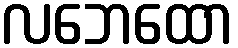
လဘေထော